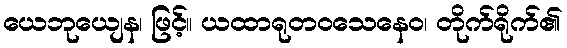
ယေဘုယျေန၊ ဖြင့်။ ယထာရုတဝသေနေဝ၊ တိုက်ရိုက်၏